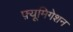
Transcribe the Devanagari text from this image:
फ़्यूमिगेशन